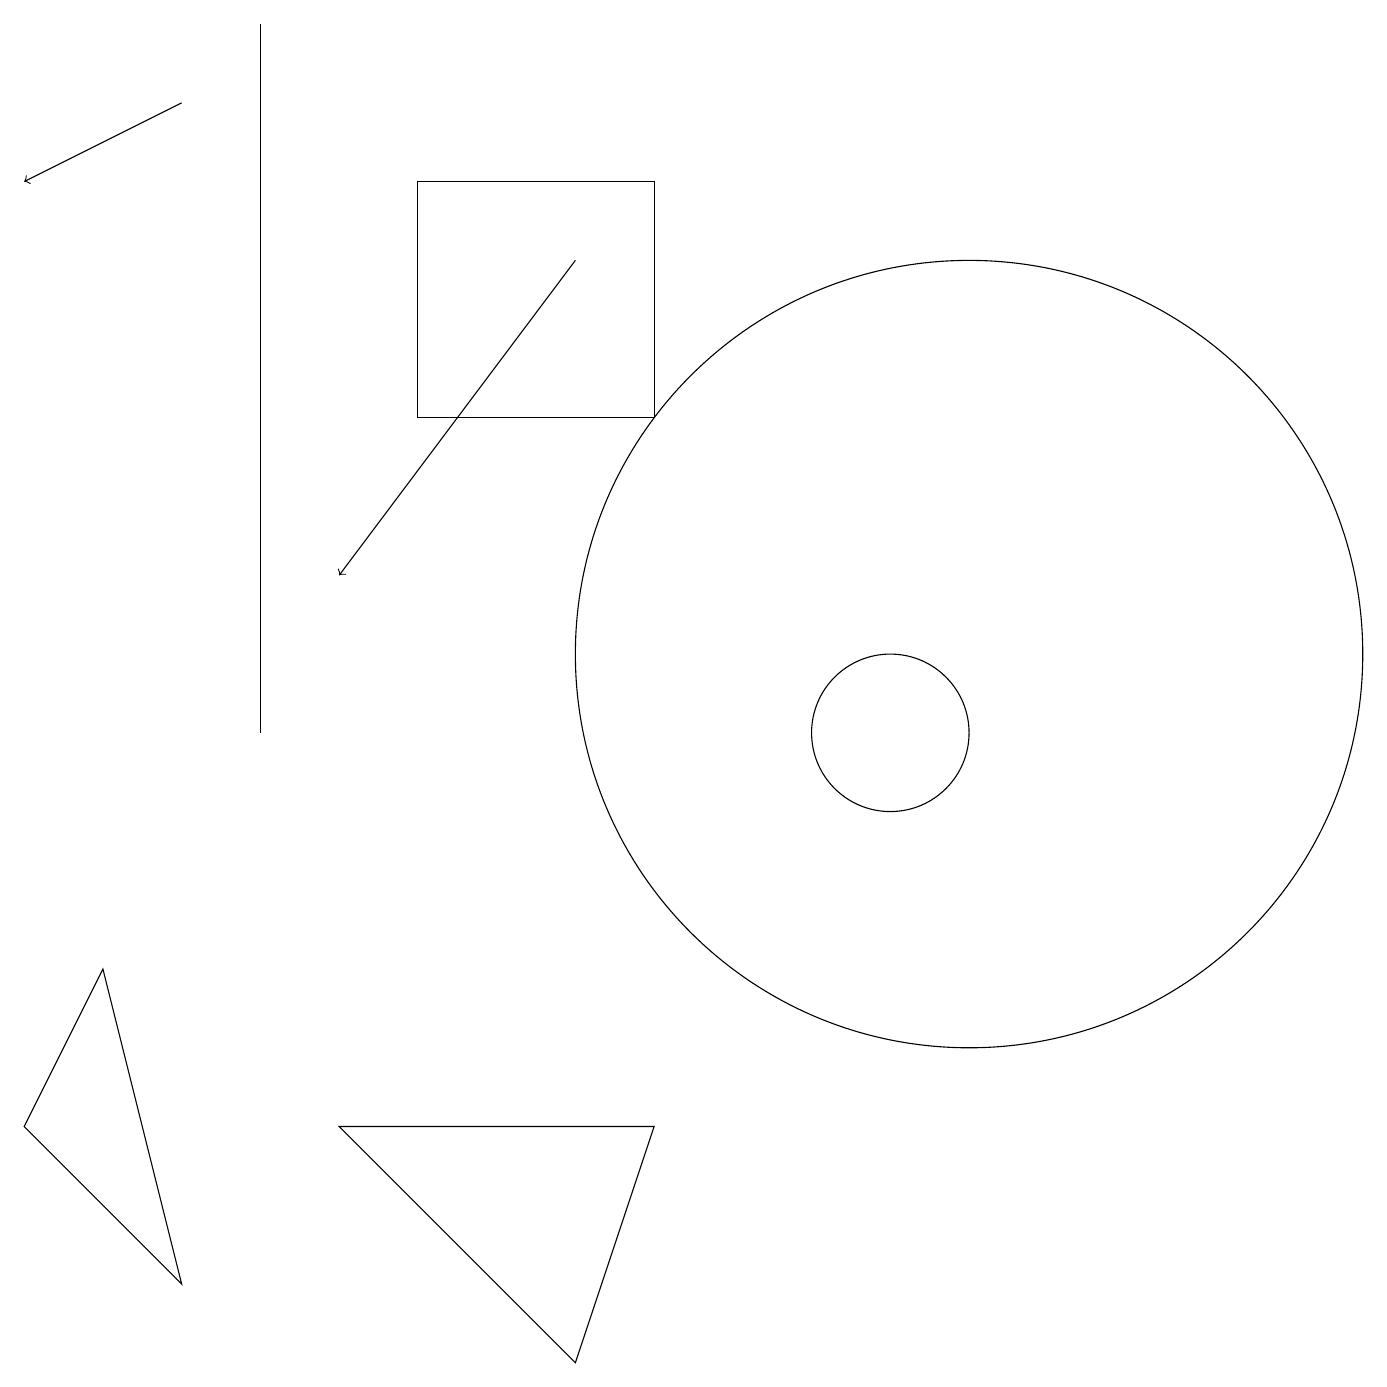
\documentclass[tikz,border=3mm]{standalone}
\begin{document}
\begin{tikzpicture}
\draw (12,11) circle (5);
\draw[->] (7,16) -- (4,12);
\draw (5,17) rectangle (8,14);
\draw (11,10) circle (1);
\draw[->] (2,18) -- (0,17);
\draw (4,5) -- (7,2) -- (8,5) -- cycle;
\draw (0,5) -- (1,7) -- (2,3) -- cycle;
\draw (3,10) rectangle (3,19);
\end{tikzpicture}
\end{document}